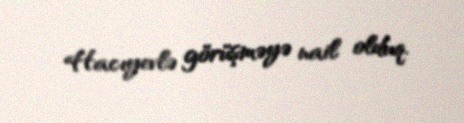
Hacıyevlə görüşməyə nail olduq.